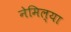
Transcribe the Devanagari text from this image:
नेमिल्या